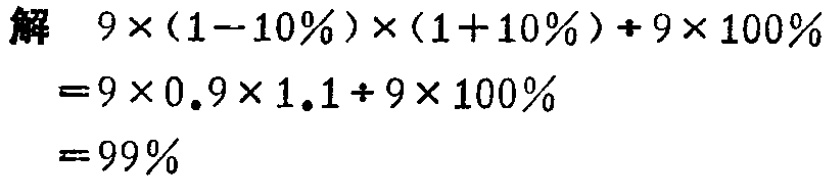
解

\[

\begin{align*}

&9\times(1 - 10\%)\times(1 + 10\%)+9\times100\%\\

=&9\times0.9\times1.1 + 9\times100\%\\

=&99\%

\end{align*}

\]